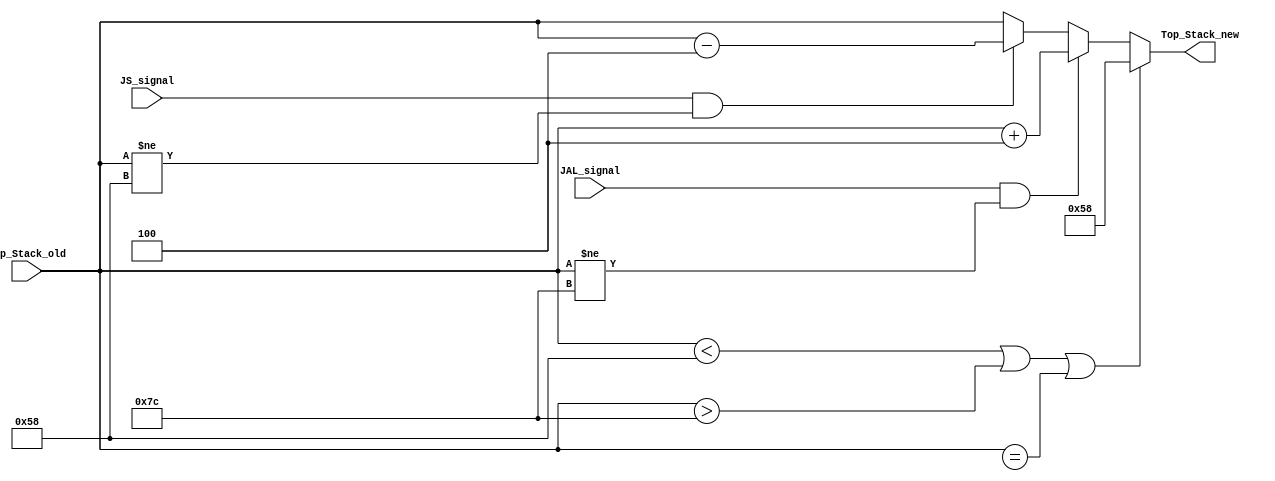
module Stack_Memory(JAL_signal,JS_signal,Top_Stack_old,Top_Stack_new);

//input [4:0] Size;
//input clk;
input JAL_signal,JS_signal; // JAL signal = MemToReg[1] || JS_signal=JUMP[1]

input [31:0] Top_Stack_old ;

output reg [31:0] Top_Stack_new ;

//output reg Load_RAM_signal,Store_RAM_signal ; // signal that will be oring with control signal to control the RAM Operations

//reg Full_Flag , Empty_Flag; we may have exception for it 


// we can change the condition if want to handle the stack overflow exception

//*****size of stack********
// First entry in address Entry(22) : 88 32'h00000058
// last entry in address Entry(31) : 124 32'h0000007C



always@(*)
 begin
	
//

// check if the stack pointer is in allowed range otherwise I assign the fist index to him (its to avoid initial begin )
   if( Top_Stack_old < 32'h00000058  || Top_Stack_old > 32'h0000007C || Top_Stack_old == 32'bxxxxxxxxxxxxxxxxxxxxxxxxxxxxxxxx )
		begin  Top_Stack_new <= 32'h00000058; end
		

   else 
		
	begin

		
// JAL PUSH Operation		
   
	
 
		if(JAL_signal == 1'b1 && Top_Stack_old != 32'h0000007C ) // check if the stack full
			
			begin
			
				Top_Stack_new <= Top_Stack_old+4;
				//Store_RAM_signal <= 1;
				//Load_RAM_signal<=0;
			
			end
			
// JS POP Operation 
		else if(JS_signal == 1'b1 && Top_Stack_old != 32'h00000058 ) // check if the stack empty
			
			begin
				
				
				Top_Stack_new <= Top_Stack_old-4;
				//Store_RAM_signal <= 0;
				//Load_RAM_signal<=1;
			
			
			end
			
		else 
		
		 begin
			
			Top_Stack_new <= Top_Stack_old;
				//Store_RAM_signal <= 0;
				//Load_RAM_signal<=0;
			
		 
		 end
 
 
 
 
	end
 
 end 
 
 
 
 endmodule